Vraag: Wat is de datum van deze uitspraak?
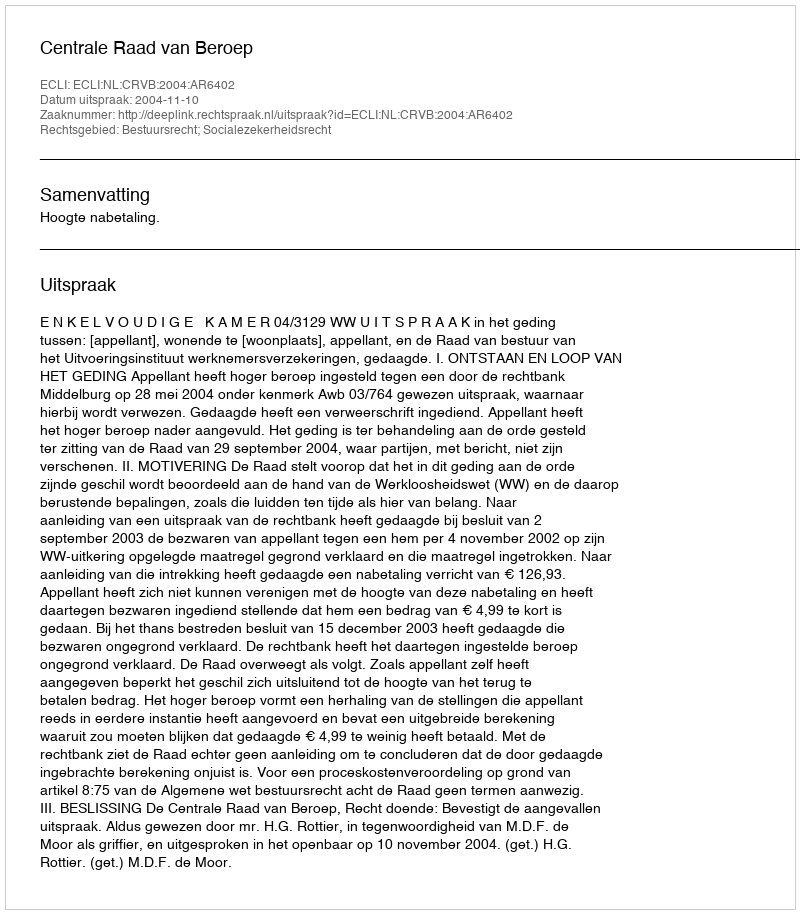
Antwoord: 2004-11-10